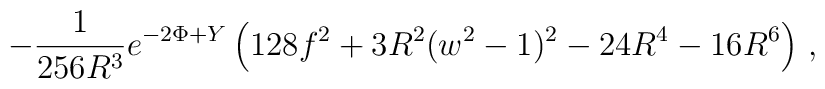
- \frac{1}{256 R^3} e^{-2\Phi+Y}\left(128 f^2 + 3 R^2(w^2-1)^2 -24 R^4 -16 R^6\right)\,,